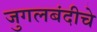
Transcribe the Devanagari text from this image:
जुगलबंदीचे